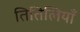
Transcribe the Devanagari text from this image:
तितिलियाँ